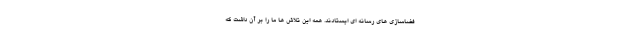
فضاسازی های رسانه ای ایستادند. همه این تلاش ها ما را بر آن داشت که